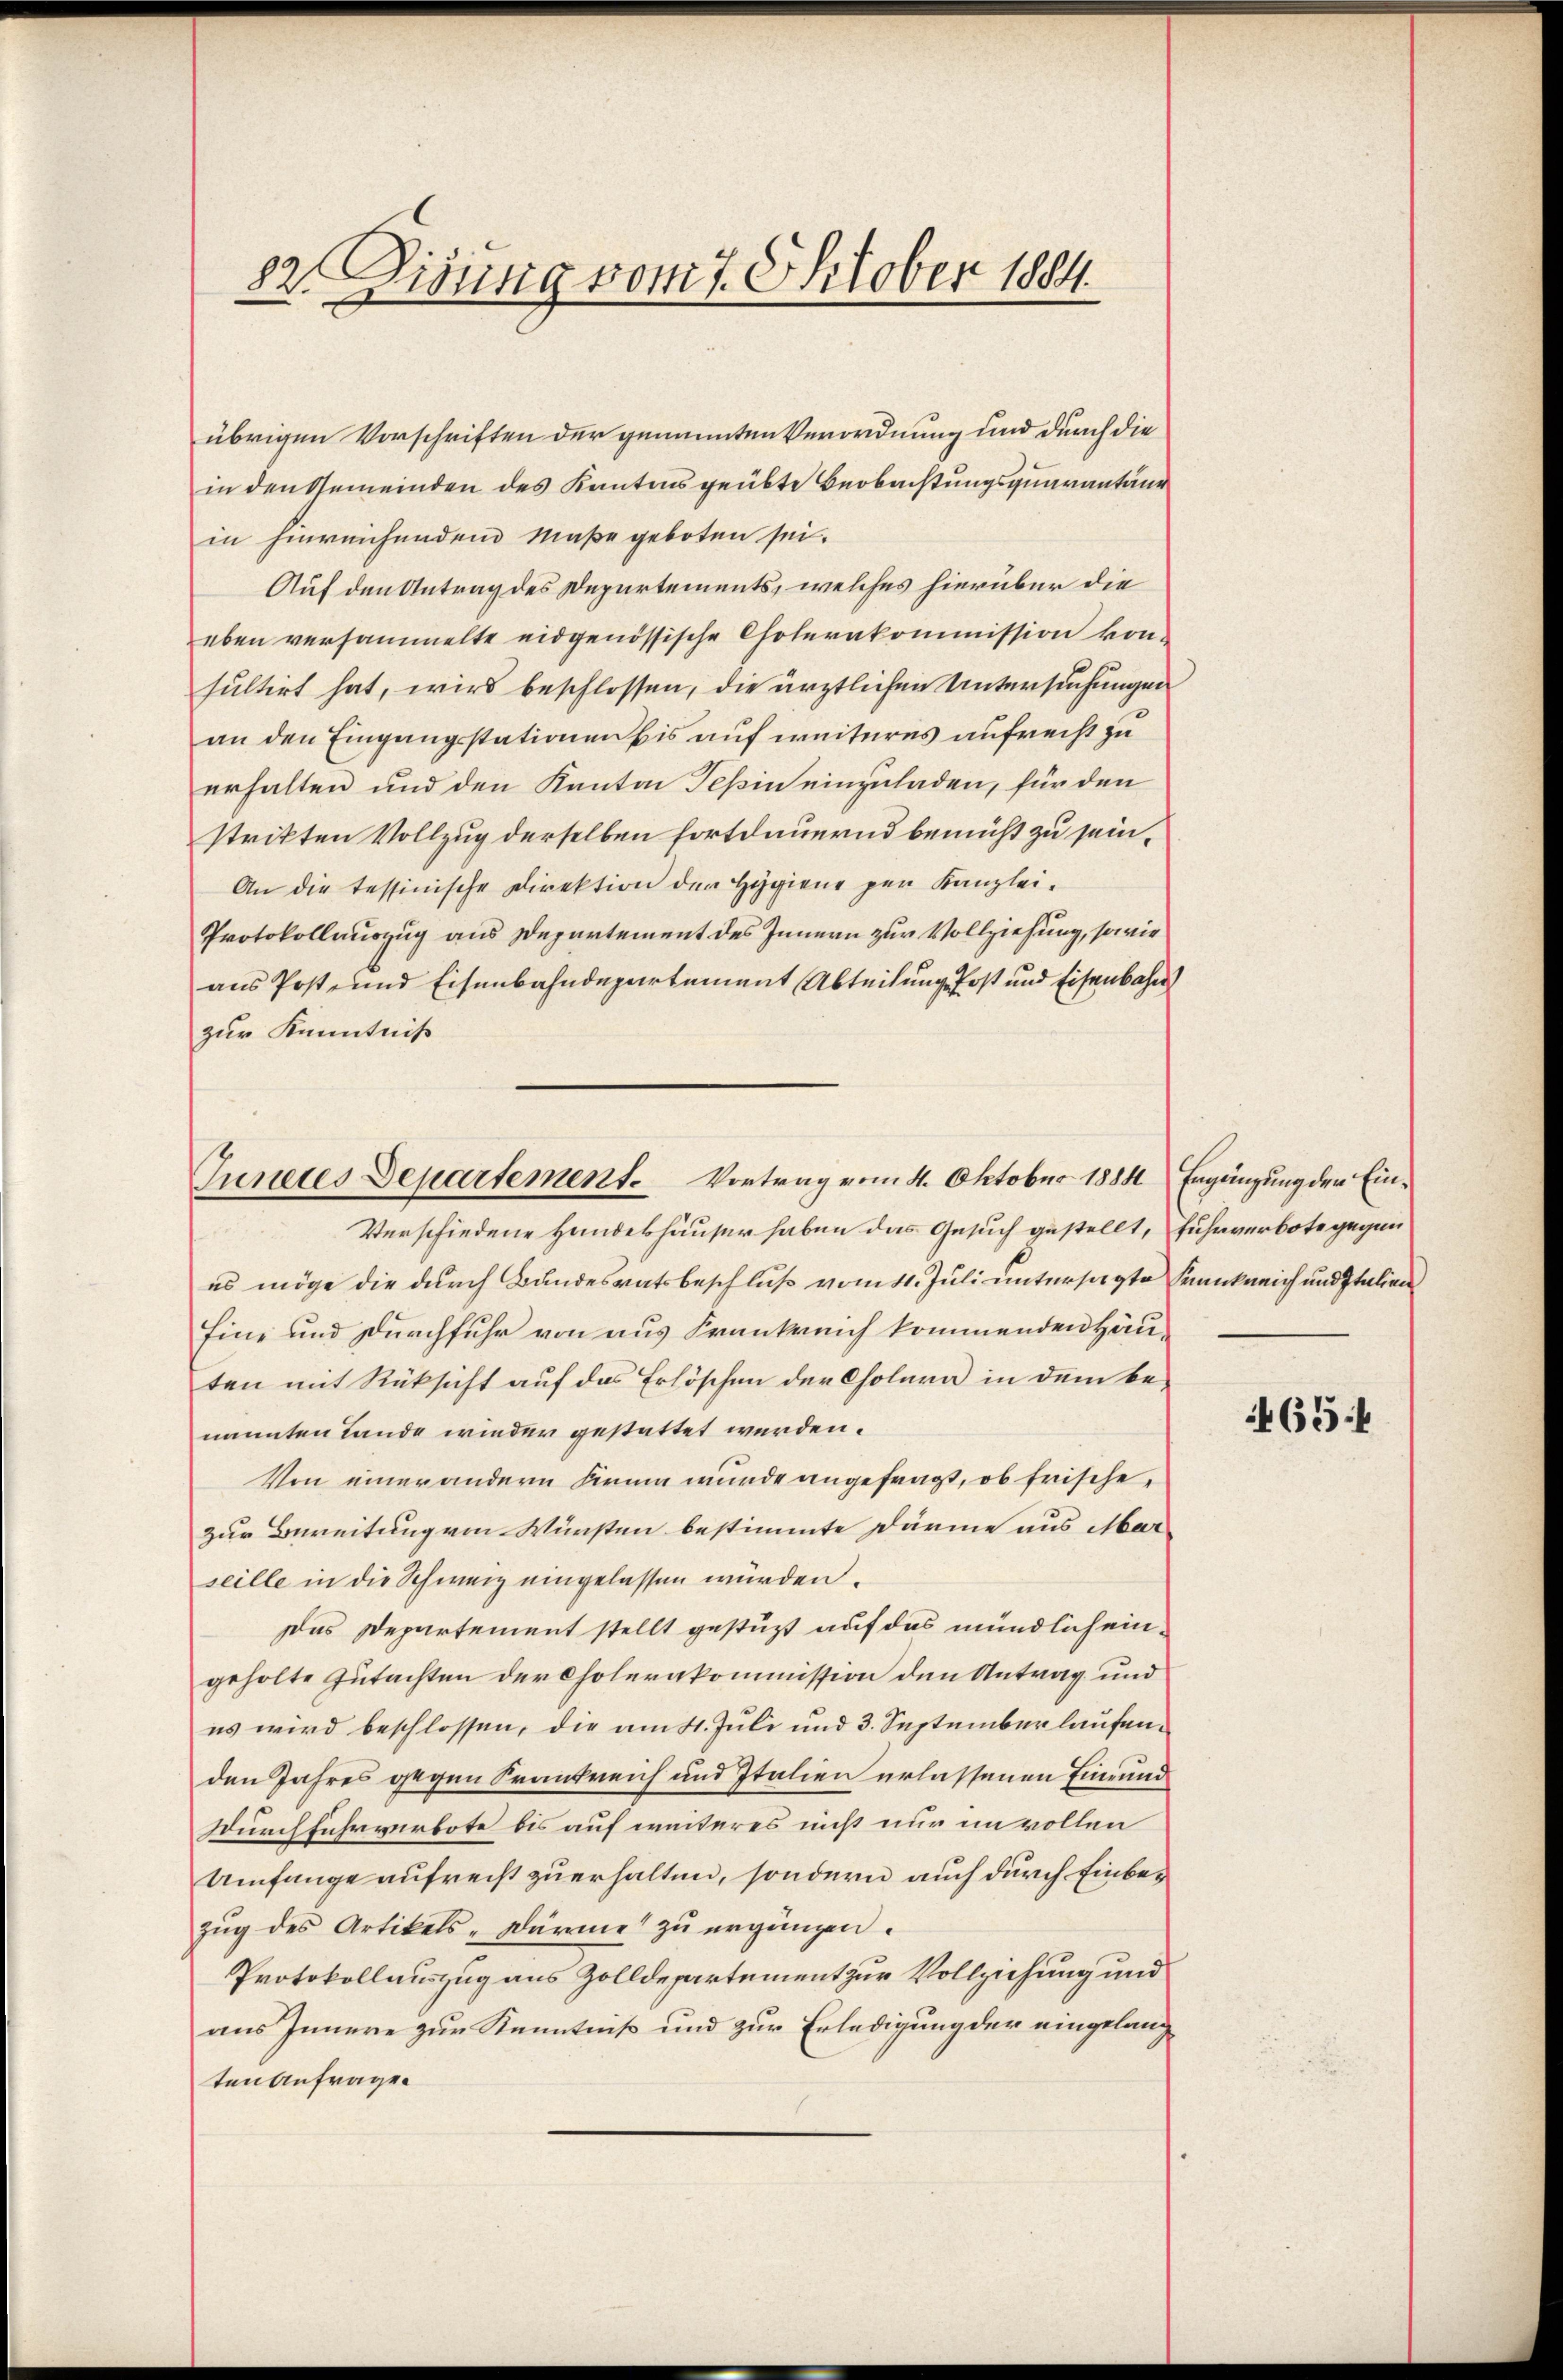
82. Diensig vom 7. Oktober 1884.

übrigen Vorschriften der genannten Verordnung und durch die
in den Gemeinden des Kantonsgeübte Beobachtungsquarantane
in hinreichenden Maße geboten sei.
Auf den Antrag des Departements, welches hierüber die
eben versammelte eidgenössische Cholerakommission konsultirt hat, wird beschlossen, die ärztlichen Untersuchungen
an den Eingangsstationen bis auf weiteres aufrecht zu
erhalten und den Kanton Teßin einzuladen, für den
strikten Vollzug derselben fortdauernd bemüht zu sein¬
An die tessinische Direktion der Hygiene pen Kanzlei¬
Protokollauszug aus Departement des Innern zur Vollziehung, sowie
aus Post- und Eisenbahndepartement Abteilung Post und Eisenbahn
zur Kenntniß

Junetes Departement. Vortrag vom 4. Oktober 1884 Ergänzung der Ein¬
Verschiedene Handeshäuser haben das Gesuch gestellt, fuhrverbote gegen

es möge die durch Bundesratsbeschluß vom 4. Juli untersagte Frankreich und Italien
Eine und Durchfuhr von aus Frankreich kommenden Häuten mit Rüksicht auf das Erlöschen der Cholera in dem benannten Lande wieder gestattet werden.
Von einer andern Firma wurde angefragt, ob frische
zur Bereitung von Wünsten bestimmte Därme aus Mar
seille in die Schweiz eingelassen würden.
Das Departement stellt gestüzt auf das mündlich eingeholte Gutachten der Cholerakommission den Antrag und
es wird beschlossen, die am 11. Juli und 3. September laufenden Jahres gegen Krankreich und Italien erlassenen Einrund
Durchfuhrverbote bis auf weiteres nicht nur in vollen
Umfange aufrecht zuerhalten, sondern auch durch Einbezug des Artikels-Dürme zu ergänzen.
Protokollauszug aus Zolldepartement zur Vollziehung und
aus Innere zur Kenntniß und zur Erledigung der eingelangten Anfrage

465 f